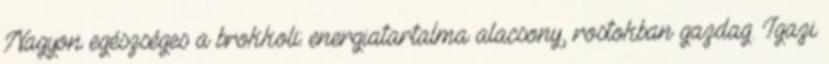
Nagyon egészséges a brokkoli: energiatartalma alacsony, rostokban gazdag. Igazi